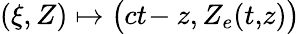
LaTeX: (\xi,Z)\mapsto\big(ct\! -z,Z_{e}(t,\! z)\big)